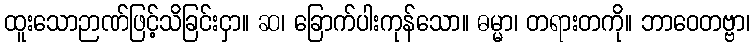
ထူးသောဉာဏ်ဖြင့်သိခြင်းငှာ။ ဆ၊ ခြောက်ပါးကုန်သော။ ဓမ္မာ၊ တရားတကို။ ဘာဝေတဗ္ဗာ၊